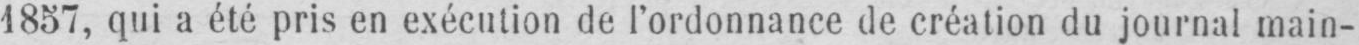
1857, qui a été pris en exécution de l’ordonnance de création du journal main-